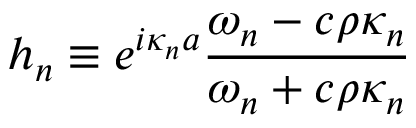
h _ { n } \equiv e ^ { i \kappa _ { n } a } \frac { \omega _ { n } - c \rho \kappa _ { n } } { \omega _ { n } + c \rho \kappa _ { n } }